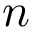
n